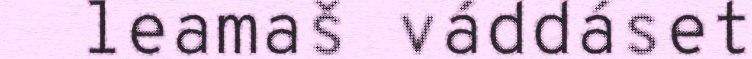
leamaš váddáset